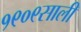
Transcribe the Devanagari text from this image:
१९०९साली